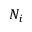
N _ { i }